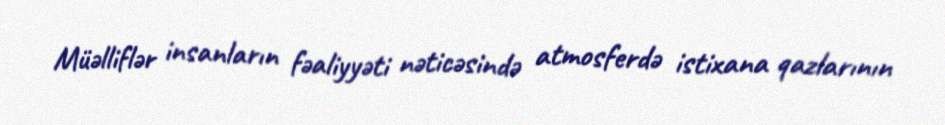
Müəlliflər insanların fəaliyyəti nəticəsində atmosferdə istixana qazlarının